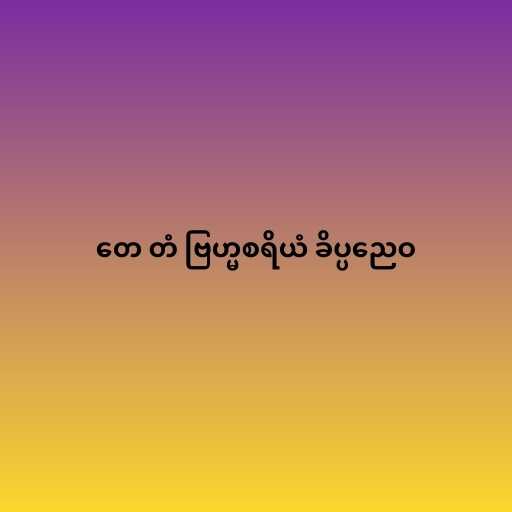
တေ တံ ဗြဟ္မစရိယံ ခိပ္ပညေဝ